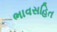
ભાવસહિત